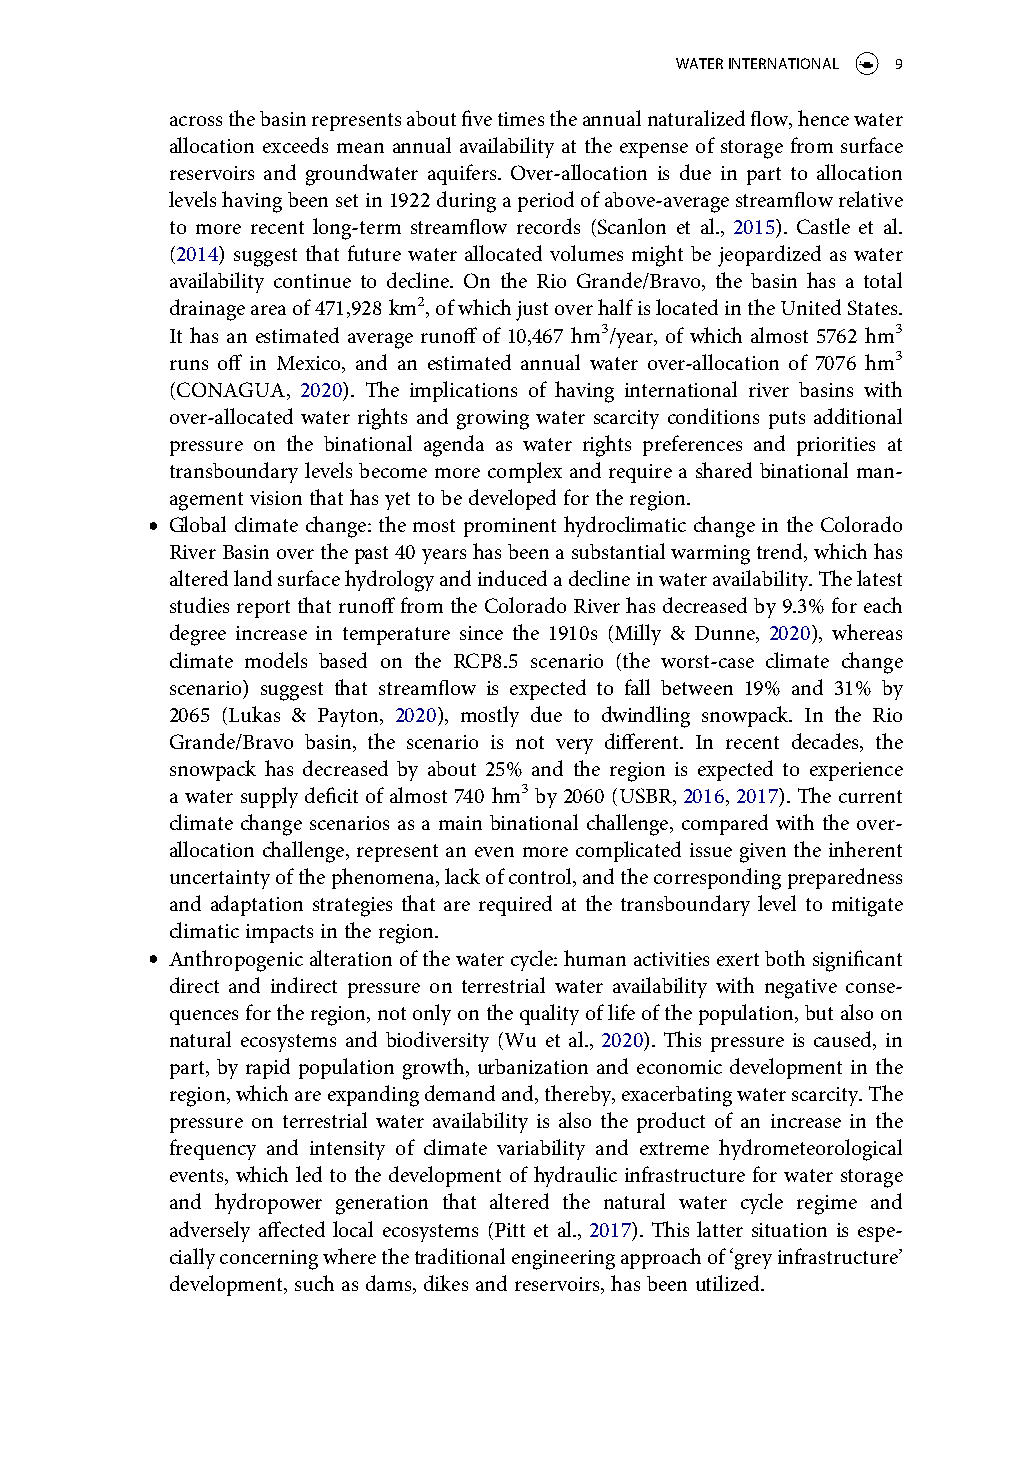
WATER INTERNATIONAL 9
 across the basin represents about five times the annual naturalized flow, hence water
 allocation exceeds mean annual availability at the expense of storage from surface
 reservoirs and groundwater aquifers. Over-allocation is due in part to allocation
 levels having been set in 1922 during a period of above-average streamflow relative
 to more recent long-term streamflow records (Scanlon et al., 2015). Castle et al.
 (2014) suggest that future water allocated volumes might be jeopardized as water
 availability continue to decline. On the Rio Grande/Bravo, the basin has a total
 drainage area of 471,928 km2, of which just over half is located in the United States.
 It has an estimated average runoff of 10,467 hm3/year, of which almost 5762 hm3
 runs off in Mexico, and an estimated annual water over-allocation of 7076 hm3
 (CONAGUA, 2020). The implications of having international river basins with
 over-allocated water rights and growing water scarcity conditions puts additional
 pressure on the binational agenda as water rights preferences and priorities at
 transboundary levels become more complex and require a shared binational man-
 agement vision that has yet to be developed for the region.
 ● Global climate change: the most prominent hydroclimatic change in the Colorado
 River Basin over the past 40 years has been a substantial warming trend, which has
 altered land surface hydrology and induced a decline in water availability. The latest
 studies report that runoff from the Colorado River has decreased by 9.3% for each
 degree increase in temperature since the 1910s (Milly & Dunne, 2020), whereas
 climate models based on the RCP8.5 scenario (the worst-case climate change
 scenario) suggest that streamflow is expected to fall between 19% and 31% by
 2065 (Lukas & Payton, 2020), mostly due to dwindling snowpack. In the Rio
 Grande/Bravo basin, the scenario is not very different. In recent decades, the
 snowpack has decreased by about 25% and the region is expected to experience
 a water supply deficit of almost 740 hm3 by 2060 (USBR, 2016, 2017). The current
 climate change scenarios as a main binational challenge, compared with the over-
 allocation challenge, represent an even more complicated issue given the inherent
 uncertainty of the phenomena, lack of control, and the corresponding preparedness
 and adaptation strategies that are required at the transboundary level to mitigate
 climatic impacts in the region.
 ● Anthropogenic alteration of the water cycle: human activities exert both significant
 direct and indirect pressure on terrestrial water availability with negative conse-
 quences for the region, not only on the quality of life of the population, but also on
 natural ecosystems and biodiversity (Wu et al., 2020). This pressure is caused, in
 part, by rapid population growth, urbanization and economic development in the
 region, which are expanding demand and, thereby, exacerbating water scarcity. The
 pressure on terrestrial water availability is also the product of an increase in the
 frequency and intensity of climate variability and extreme hydrometeorological
 events, which led to the development of hydraulic infrastructure for water storage
 and hydropower generation that altered the natural water cycle regime and
 adversely affected local ecosystems (Pitt et al., 2017). This latter situation is espe-
 cially concerning where the traditional engineering approach of ‘grey infrastructure’
 development, such as dams, dikes and reservoirs, has been utilized.